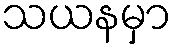
သယနမှာ